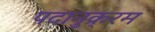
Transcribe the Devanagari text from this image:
पदानुक्र्रम